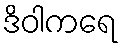
ဒိဝါကရေ